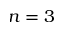
n = 3